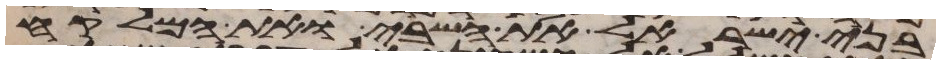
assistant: בני ישראל את השבי ואת המלקח